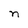
Character: n